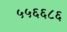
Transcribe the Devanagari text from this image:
५५६६८६